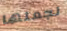
لجعلها